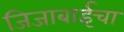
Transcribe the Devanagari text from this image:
जिजाबाईचा